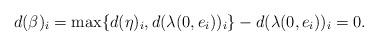
LaTeX: \begin{align*}d(\beta)_i=\max\{d(\eta)_i,d(\lambda(0,e_i))_i\}-d(\lambda(0,e_i))_i=0.\end{align*}